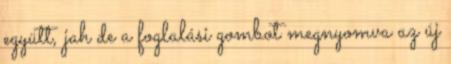
együtt, jah de a foglalási gombot megnyomva az új